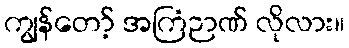
ကျွန်တော့် အကြံဉာဏ် လိုလား။